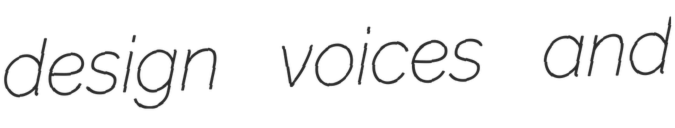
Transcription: design voices and